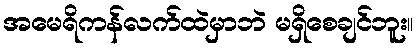
အမေရိကန်လက်ထဲမှာဘဲ မရှိစေချင်ဘူး။